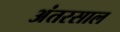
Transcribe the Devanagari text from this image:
अंतरसाल